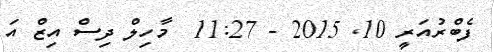
ފެބްރުއަރީ 10